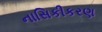
નાસિકીકરણ